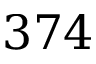
3 7 4